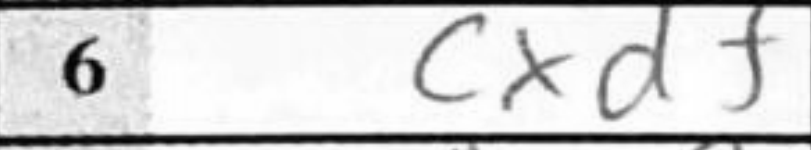
Transcription: cxd1